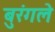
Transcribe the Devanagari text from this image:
बुरंगले